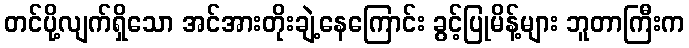
တင်ပို့လျက်ရှိသော အင်အားတိုးချဲ့နေကြောင်း ခွင့်ပြုမိန့်များ ဘူတာကြီးက